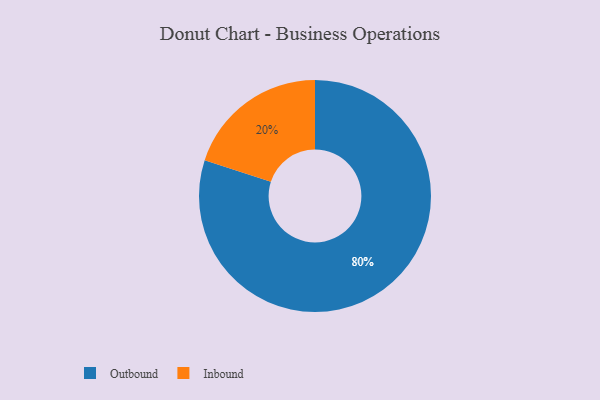
{"axis": {"x": "Category", "y": "Percentage"}, "legend": ["Inbound", "Outbound"], "data": [{"x": "Outbound", "y": 80, "type": "Outbound"}, {"x": "Inbound", "y": 20, "type": "Inbound"}]}